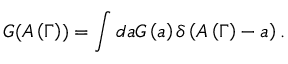
G ( A \left( \Gamma \right) ) = \int d a G \left( a \right) \delta \left( A \left( \Gamma \right) - a \right) .